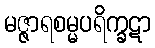
မဇ္ဇာရစမ္မပရိက္ခဋာ